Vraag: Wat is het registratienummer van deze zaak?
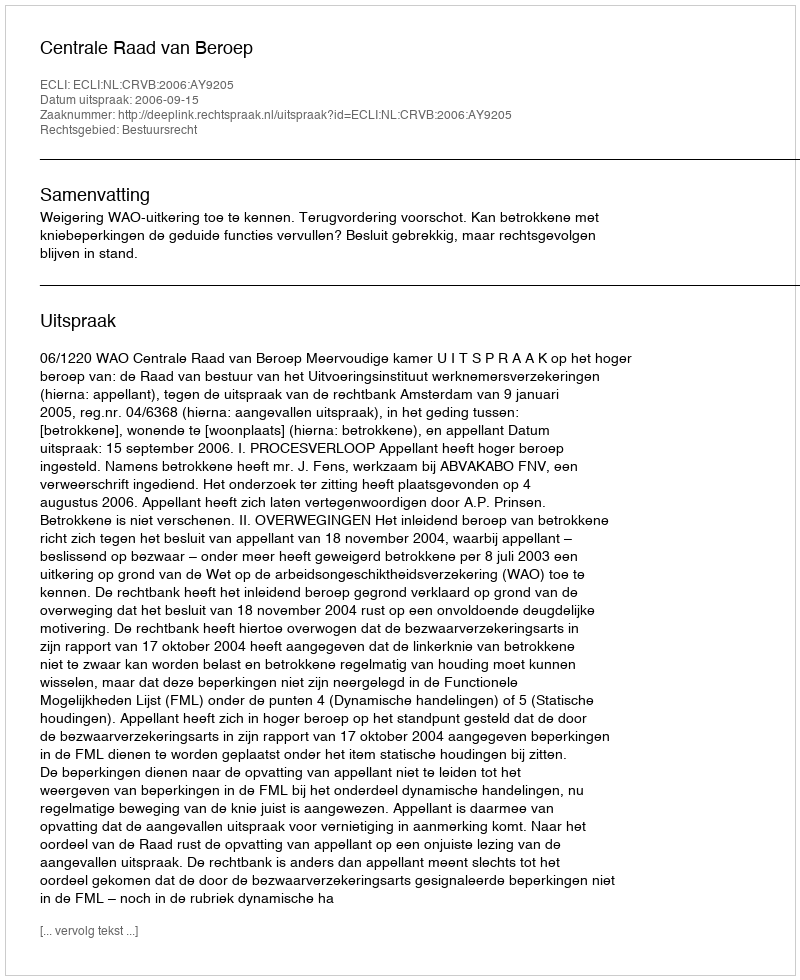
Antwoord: http://deeplink.rechtspraak.nl/uitspraak?id=ECLI:NL:CRVB:2006:AY9205